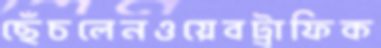
ছেঁচলেনওয়েবট্রাফিক